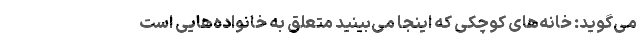
می‌گوید: خانه‌های کوچکی که اینجا می‌بینید متعلق به خانواده‌هایی است